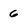
Character: 6